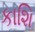
કાશિ